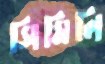
সিমিলি